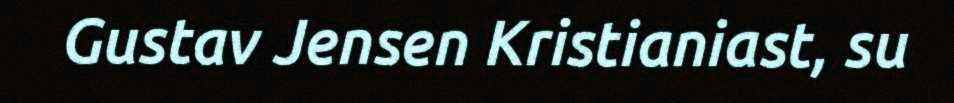
Gustav Jensen Kristianiast, su